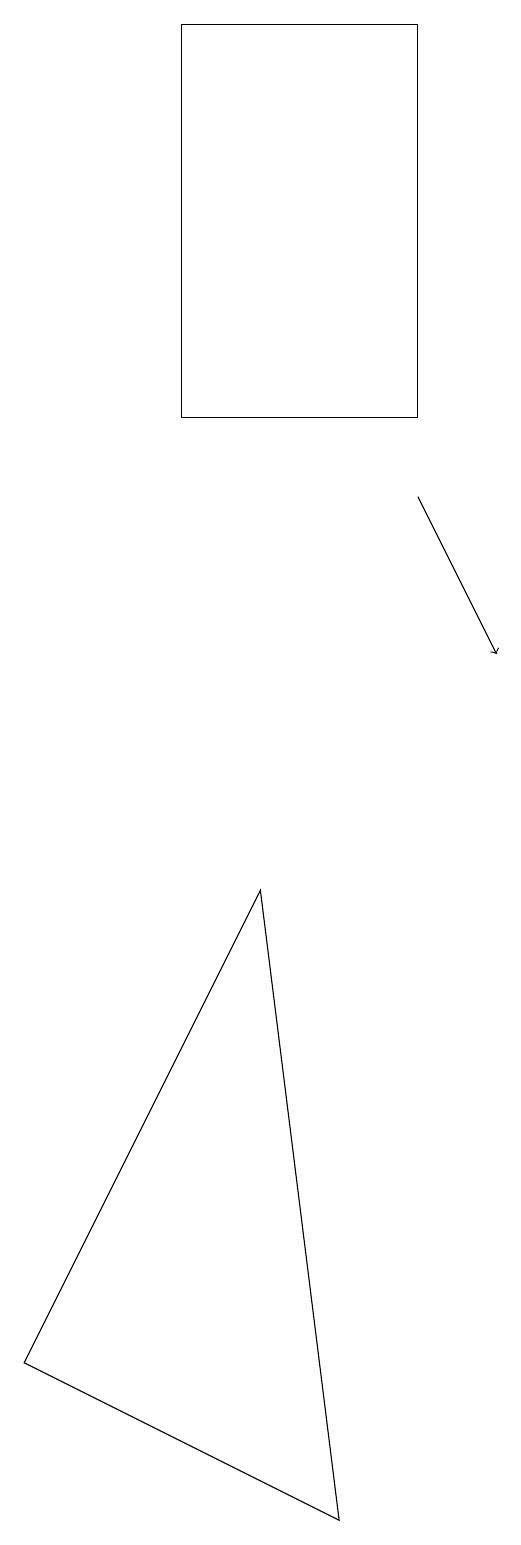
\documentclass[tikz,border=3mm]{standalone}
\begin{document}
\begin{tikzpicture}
\draw (1,2) -- (5,0) -- (4,8) -- cycle;
\draw[->] (6,13) -- (7,11);
\draw (6,14) rectangle (3,19);
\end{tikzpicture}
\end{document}